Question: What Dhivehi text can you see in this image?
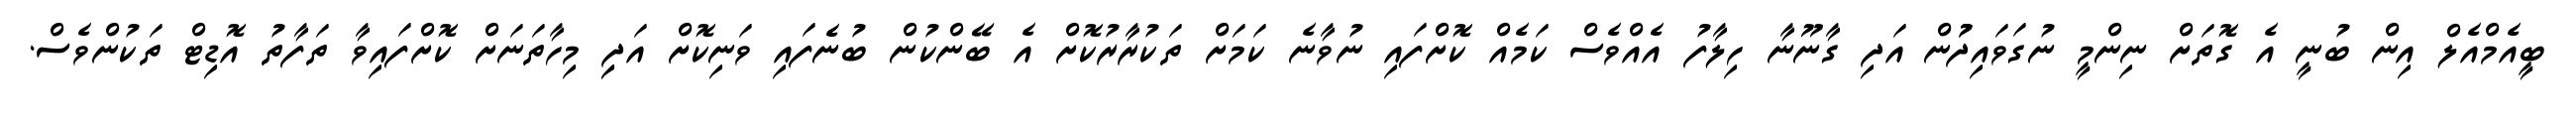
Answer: ބީއެމްއެލް އިން ބުނީ އެ ގޮތަށް ނިންމީ ނުގަވައިދުުން އަދި ގާނޫނާ ހިލާފު އެއްވެސް ކަމެއް ކޮށްފައި ނުވާނެ ކަމަށް ތަކުރާރުކޮށް އެ ބޭންކުން ބުނެފައި ވަނިކޮށް އަދިި މިހާތަނަށް ކޮށްފައިވާ ތަފާތު އޮޑިޓް ތަކުންވެސް.